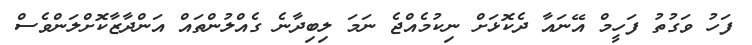
ފަހު ވަގުތު ފަހީމް އޭނައާ ދެކޮޅަށް ނިކުމެއްޖެ ނަމަ ލިބިދާނެ ގެއްލުންތައް އަންދާޒާކޮށްލަންވެސް